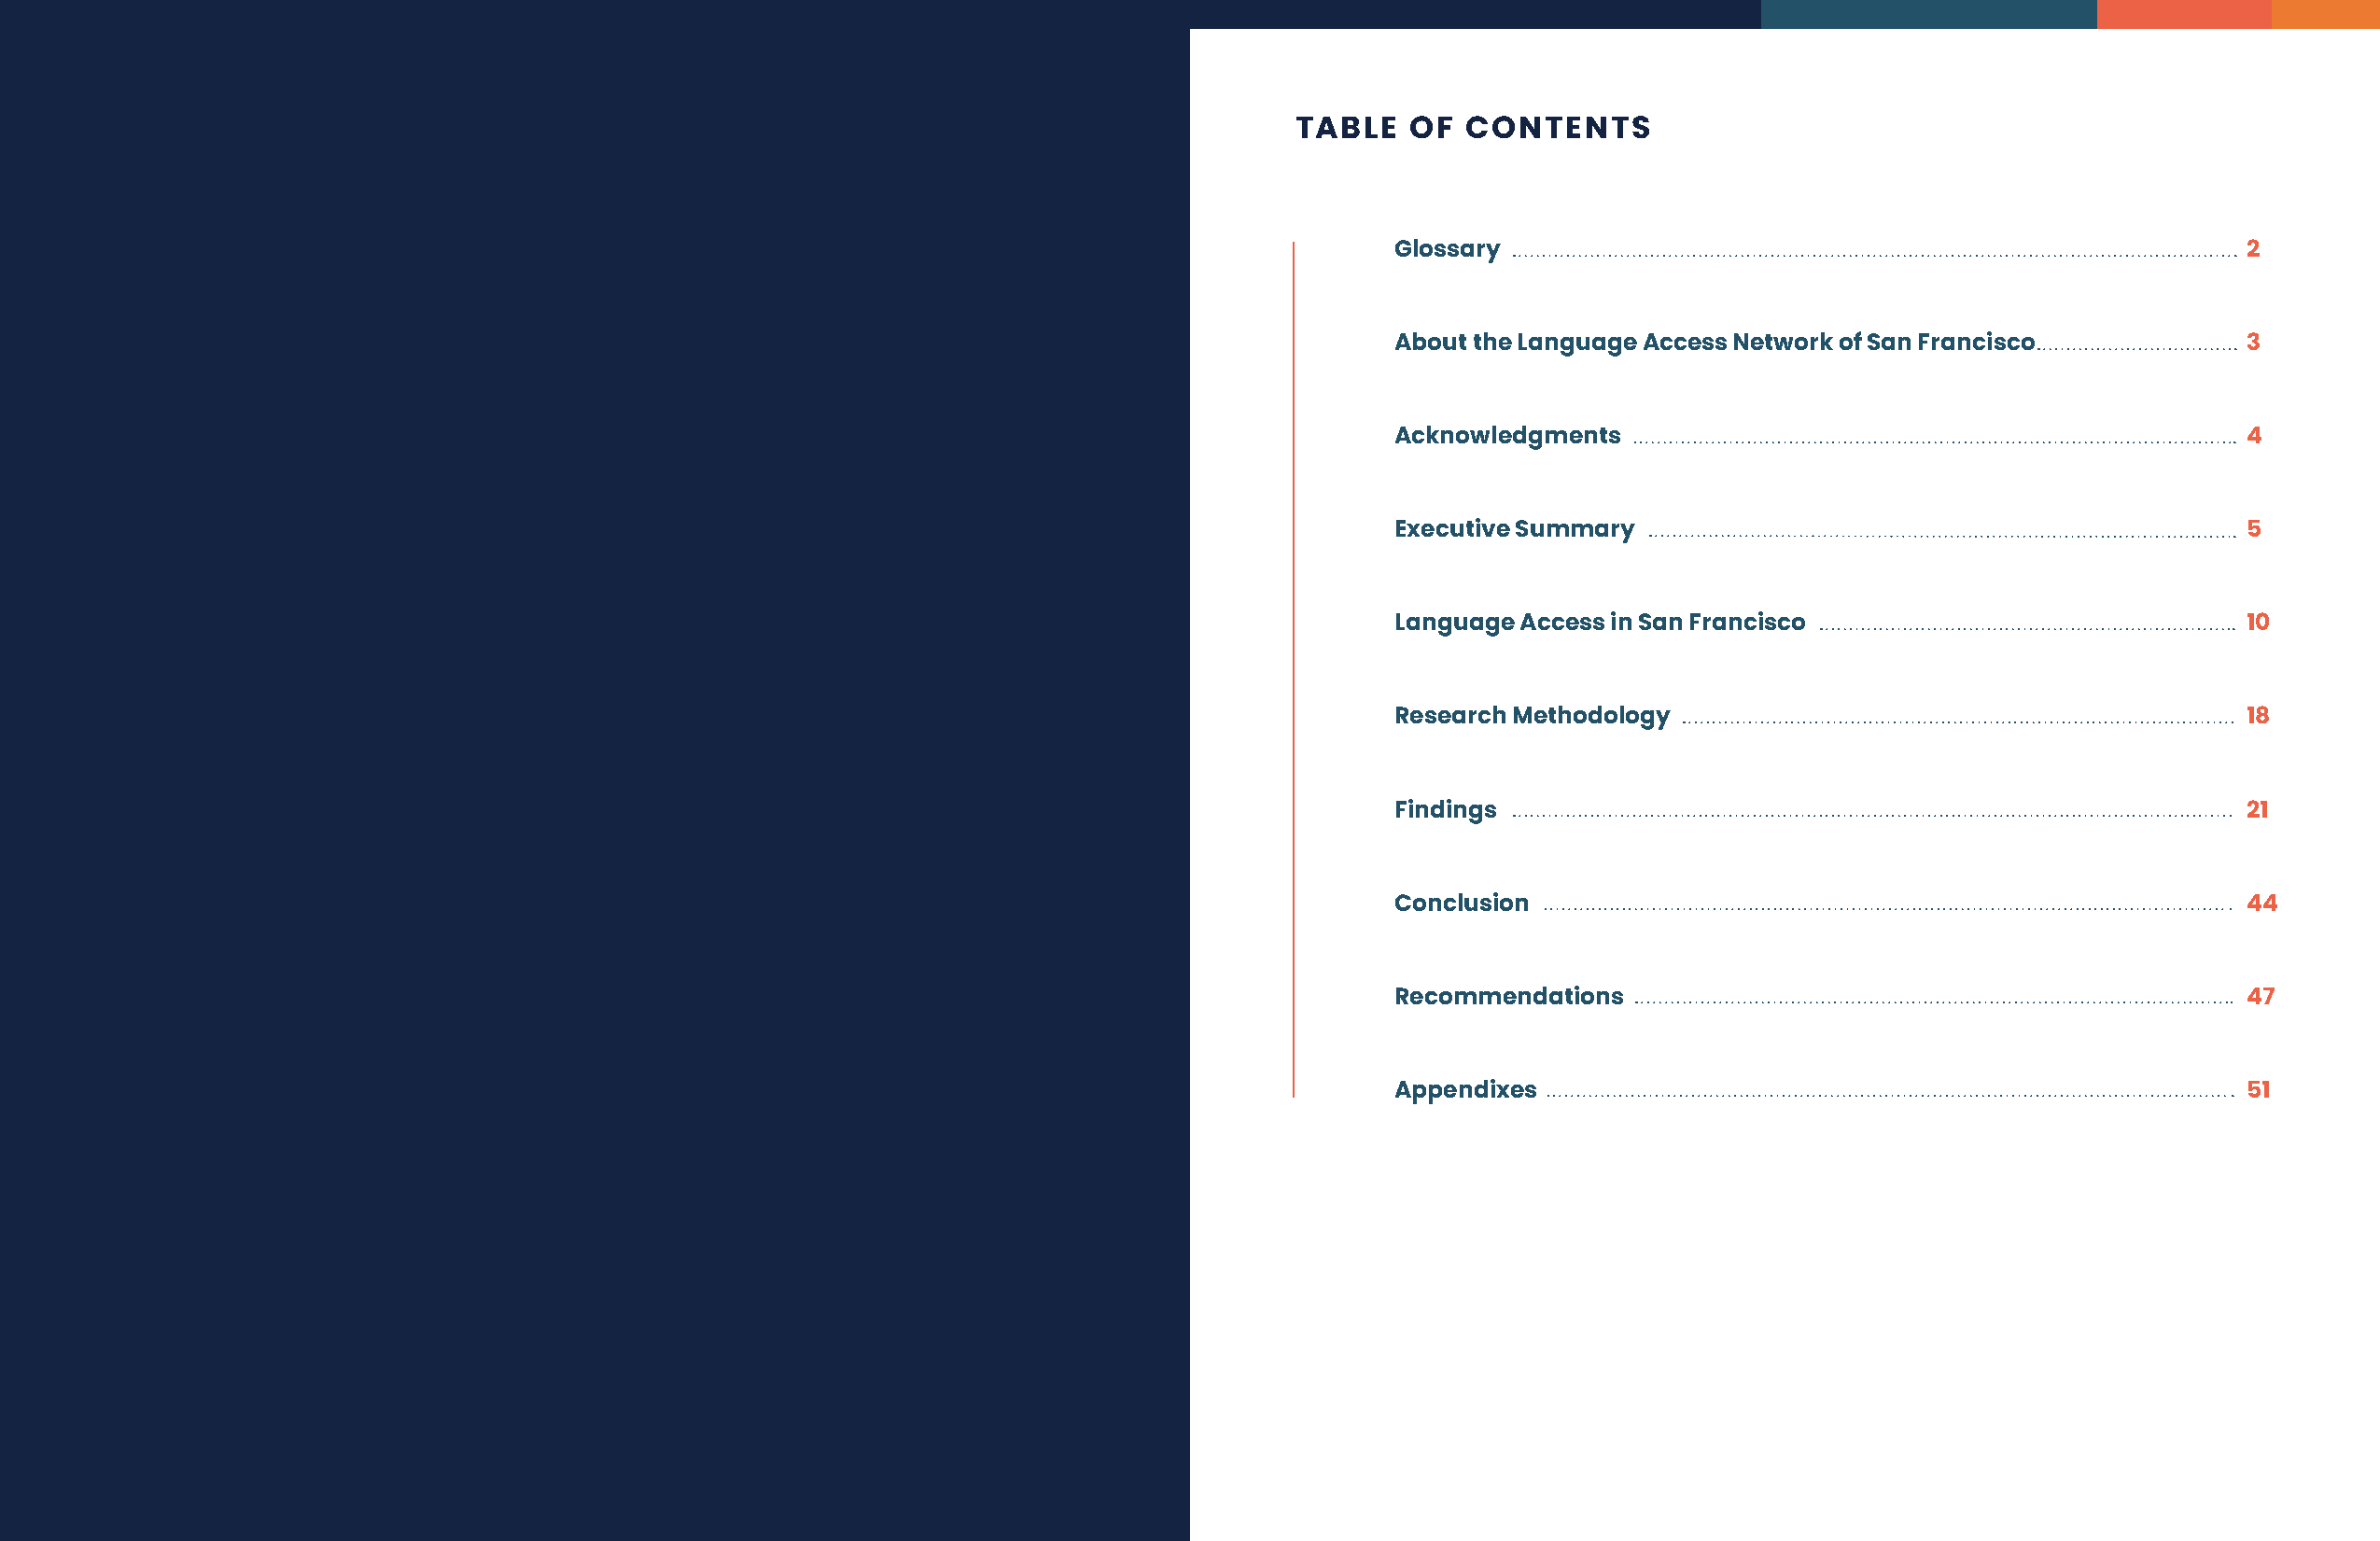
TABLE   OF  CONTENTS
 Glossary                                                    2
 About the Language Access Network of San Francisco          3
 Acknowledgments                                             4
 Executive Summary                                           5
 Language Access in San Francisco                            10
 Research Methodology                                        18
 Findings                                                    21
 Conclusion                                                  44
 Recommendations                                             47
 Appendixes                                                  51
 ii LANGUAGE ACCESS NETWORK OF SAN FRANCISCO                                                                                          SPEAKING FROM EXPERIENCE 1